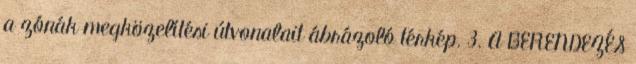
a zónák megközelítési útvonalait ábrázoló térkép. 3. A BERENDEZÉS